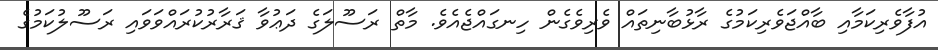
އުފާވެރިކަމާއި ބާއްޖަވެރިކަމުގެ ރާޅުބާނިތައް ވެރިވެގެން ހިނގައްޖެއެވެ. މާތް ރަސޫލަގެ ދަޢުވާ ޤަރާރުކުރައްވަވައި ރަސޫލުކަމުގެ